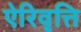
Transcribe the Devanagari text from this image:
ऐरिवृत्ति